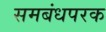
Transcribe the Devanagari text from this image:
समबंधपरक